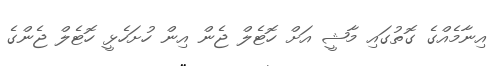
އިނާމެއްގެ ގޮތުގައި މާޝީ އަށް ހޮޓެލް ޖެން އިން ހުށަހެޅީ ހޮޓެލް ޖެންގެ